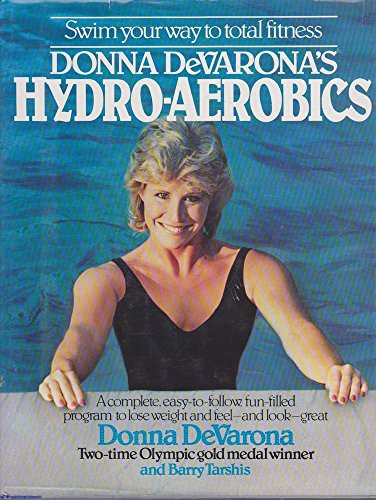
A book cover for Donna DeVarona's Hydro-Aerobics; Devarona; Health, Fitness & Dieting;